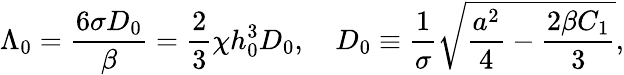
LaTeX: \Lambda_{0}=\frac{6\sigma D_{0}}{\beta}=\frac{2}{3}\chi h_{0}^{3}D_{0},~~~~D_{0}\equiv\frac{1}{\sigma}\sqrt{\frac{a^{2}}{4}-\frac{2\beta C_{1}}{3}},